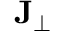
\mathbf { J } _ { \perp }